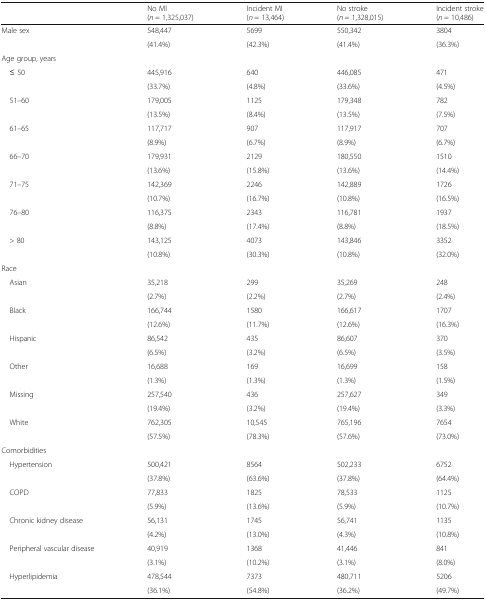
<table><thead><tr><td></td><td><b>No MI(<i>n</i> = 1,325,037)</b></td><td><b>Incident MI(<i>n</i> = 13,464)</b></td><td><b>No stroke(<i>n</i> = 1,328,015)</b></td><td><b>Incident stroke(<i>n</i> = 10,486)</b></td></tr></thead><tbody><tr><td rowspan="2">Male sex</td><td>548,447</td><td>5699</td><td>550,342</td><td>3804</td></tr><tr><td>(41.4%)</td><td>(42.3%)</td><td>(41.4%)</td><td>(36.3%)</td></tr><tr><td colspan="5">Age group, years</td></tr><tr><td rowspan="2"> ≤ 50</td><td>445,916</td><td>640</td><td>446,085</td><td>471</td></tr><tr><td>(33.7%)</td><td>(4.8%)</td><td>(33.6%)</td><td>(4.5%)</td></tr><tr><td rowspan="2"> 51–60</td><td>179,005</td><td>1125</td><td>179,348</td><td>782</td></tr><tr><td>(13.5%)</td><td>(8.4%)</td><td>(13.5%)</td><td>(7.5%)</td></tr><tr><td rowspan="2"> 61–65</td><td>117,717</td><td>907</td><td>117,917</td><td>707</td></tr><tr><td>(8.9%)</td><td>(6.7%)</td><td>(8.9%)</td><td>(6.7%)</td></tr><tr><td rowspan="2"> 66–70</td><td>179,931</td><td>2129</td><td>180,550</td><td>1510</td></tr><tr><td>(13.6%)</td><td>(15.8%)</td><td>(13.6%)</td><td>(14.4%)</td></tr><tr><td rowspan="2"> 71–75</td><td>142,369</td><td>2246</td><td>142,889</td><td>1726</td></tr><tr><td>(10.7%)</td><td>(16.7%)</td><td>(10.8%)</td><td>(16.5%)</td></tr><tr><td rowspan="2"> 76–80</td><td>116,375</td><td>2343</td><td>116,781</td><td>1937</td></tr><tr><td>(8.8%)</td><td>(17.4%)</td><td>(8.8%)</td><td>(18.5%)</td></tr><tr><td rowspan="2"> &gt; 80</td><td>143,125</td><td>4073</td><td>143,846</td><td>3352</td></tr><tr><td>(10.8%)</td><td>(30.3%)</td><td>(10.8%)</td><td>(32.0%)</td></tr><tr><td colspan="5">Race</td></tr><tr><td rowspan="2"> Asian</td><td>35,218</td><td>299</td><td>35,269</td><td>248</td></tr><tr><td>(2.7%)</td><td>(2.2%)</td><td>(2.7%)</td><td>(2.4%)</td></tr><tr><td rowspan="2"> Black</td><td>166,744</td><td>1580</td><td>166,617</td><td>1707</td></tr><tr><td>(12.6%)</td><td>(11.7%)</td><td>(12.6%)</td><td>(16.3%)</td></tr><tr><td rowspan="2"> Hispanic</td><td>86,542</td><td>435</td><td>86,607</td><td>370</td></tr><tr><td>(6.5%)</td><td>(3.2%)</td><td>(6.5%)</td><td>(3.5%)</td></tr><tr><td rowspan="2"> Other</td><td>16,688</td><td>169</td><td>16,699</td><td>158</td></tr><tr><td>(1.3%)</td><td>(1.3%)</td><td>(1.3%)</td><td>(1.5%)</td></tr><tr><td rowspan="2"> Missing</td><td>257,540</td><td>436</td><td>257,627</td><td>349</td></tr><tr><td>(19.4%)</td><td>(3.2%)</td><td>(19.4%)</td><td>(3.3%)</td></tr><tr><td rowspan="2"> White</td><td>762,305</td><td>10,545</td><td>765,196</td><td>7654</td></tr><tr><td>(57.5%)</td><td>(78.3%)</td><td>(57.6%)</td><td>(73.0%)</td></tr><tr><td colspan="5">Comorbidities</td></tr><tr><td rowspan="2"> Hypertension</td><td>500,421</td><td>8564</td><td>502,233</td><td>6752</td></tr><tr><td>(37.8%)</td><td>(63.6%)</td><td>(37.8%)</td><td>(64.4%)</td></tr><tr><td rowspan="2"> COPD</td><td>77,833</td><td>1825</td><td>78,533</td><td>1125</td></tr><tr><td>(5.9%)</td><td>(13.6%)</td><td>(5.9%)</td><td>(10.7%)</td></tr><tr><td rowspan="2"> Chronic kidney disease</td><td>56,131</td><td>1745</td><td>56,741</td><td>1135</td></tr><tr><td>(4.2%)</td><td>(13.0%)</td><td>(4.3%)</td><td>(10.8%)</td></tr><tr><td rowspan="2"> Peripheral vascular disease</td><td>40,919</td><td>1368</td><td>41,446</td><td>841</td></tr><tr><td>(3.1%)</td><td>(10.2%)</td><td>(3.1%)</td><td>(8.0%)</td></tr><tr><td rowspan="2"> Hyperlipidemia</td><td>478,544</td><td>7373</td><td>480,711</td><td>5206</td></tr><tr><td>(36.1%)</td><td>(54.8%)</td><td>(36.2%)</td><td>(49.7%)</td></tr></tbody></table>